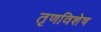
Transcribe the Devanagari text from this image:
तृणविशेष